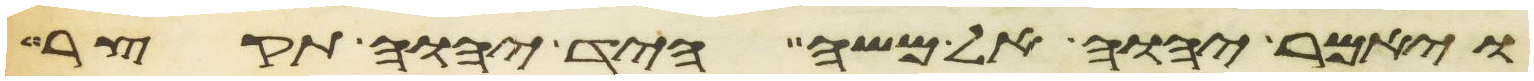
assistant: ויאמר יהוה אל משה היד יהוה תקצר